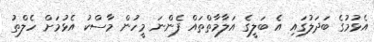
އެޅުމުގެ ބަދަލުގައި އެ ބަލީގެ އަލާމާތްތައް ފެންނަ މީހުން މާސްކު އެޅުމަށް ހެލްތު